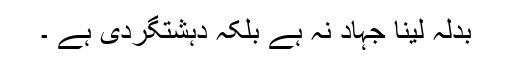
بدلہ لینا جہاد نہ ہے بلکہ دہشتگردی ہے ۔